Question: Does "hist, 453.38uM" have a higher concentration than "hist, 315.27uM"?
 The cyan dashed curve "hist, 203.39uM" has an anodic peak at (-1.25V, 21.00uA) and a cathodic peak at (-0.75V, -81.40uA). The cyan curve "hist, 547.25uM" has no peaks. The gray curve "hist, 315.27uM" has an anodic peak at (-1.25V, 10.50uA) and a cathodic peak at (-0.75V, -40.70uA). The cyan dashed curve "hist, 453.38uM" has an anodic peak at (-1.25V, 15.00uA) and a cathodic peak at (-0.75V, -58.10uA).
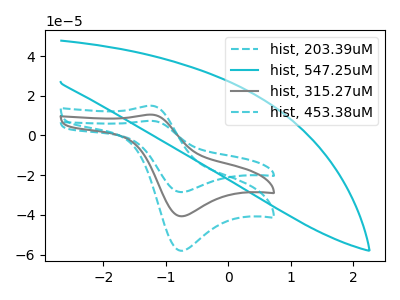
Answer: <think>All the peaks in "hist, 453.38uM" have a peak in "hist, 315.27uM" at the same potential. Every peak in "hist, 453.38uM" is higher than every peak in "hist, 315.27uM".
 </think>
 <answer>"hist, 453.38uM" has more signal than "hist, 315.27uM" and so likely has a higher concentration.</answer>
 <eval>more_concentration</eval>